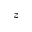
z